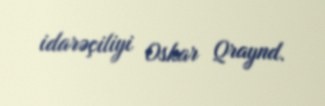
idarəçiliyi Oskar Qraynd.